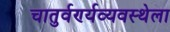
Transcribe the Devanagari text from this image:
चातुर्वर्ण्यव्यवस्थेला